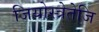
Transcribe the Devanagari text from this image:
जियोस्त्रेतेजि